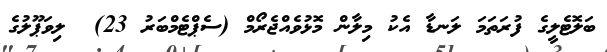
ބަލޮޓެލީގެ ފުރަތަމަ ލަނޑާ އެކު މިލާން މޮޅުވެއްޖެރޯމް (ސެޕްޓެމްބަރު 23)  ލިވަޕޫލުގެ